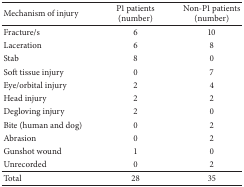
<table><thead><tr><td><b>Mechanism of injury</b></td><td><b>P1 patients (number)</b></td><td><b>Non-P1 patients (number)</b></td></tr></thead><tbody><tr><td>Fracture/s</td><td>6</td><td>10</td></tr><tr><td>Laceration</td><td>6</td><td>8</td></tr><tr><td>Stab</td><td>8</td><td>0</td></tr><tr><td>Soft tissue injury</td><td>0</td><td>7</td></tr><tr><td>Eye/orbital injury</td><td>2</td><td>4</td></tr><tr><td>Head injury</td><td>2</td><td>2</td></tr><tr><td>Degloving injury</td><td>2</td><td>0</td></tr><tr><td>Bite (human and dog)</td><td>0</td><td>2</td></tr><tr><td>Abrasion</td><td>0</td><td>2</td></tr><tr><td>Gunshot wound</td><td>1</td><td>0</td></tr><tr><td>Unrecorded</td><td>0</td><td>2</td></tr><tr><td>Total</td><td>28</td><td>35</td></tr></tbody></table>